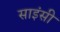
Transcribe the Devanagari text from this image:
साइंसी